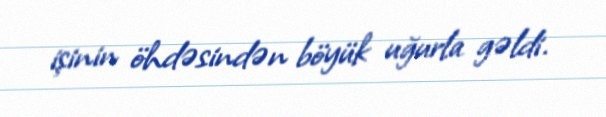
işinin öhdəsindən böyük uğurla gəldi.